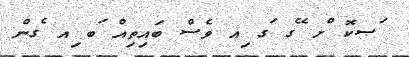
ަޞކޮ ްށ ޭގ ަގ ިއ ވެސް ބައިތިއް ަބ ިއ ެގން